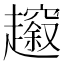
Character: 𧾠